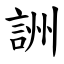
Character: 詶